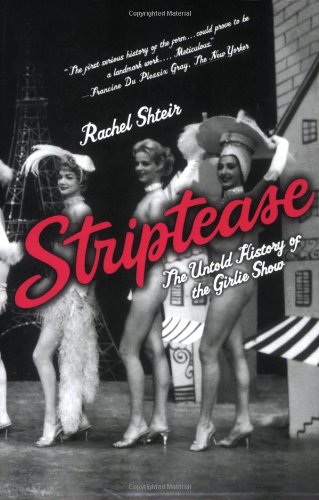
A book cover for Striptease: The Untold History of the Girlie Show; Rachel Shteir; Arts & Photography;